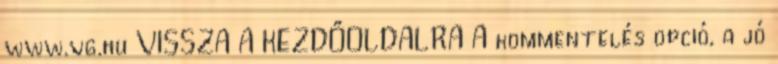
www.vg.hu VISSZA A KEZDŐOLDALRA A kommentelés opció, a jó